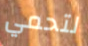
لتحمي